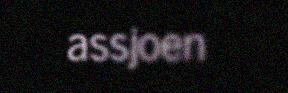
assjoen